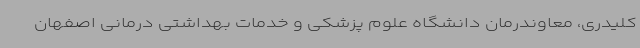
کلیدری، معاوندرمان دانشگاه علوم پزشکی و خدمات بهداشتی درمانی اصفهان